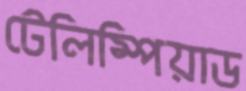
টেলিম্পিয়াড